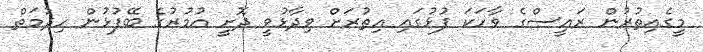
މީގެއިތުރުން ރައީސްގެ ވާހަކަ ފުޅުގައި އިތުރަށް ވިދާޅުވީ ދޮށީ އުމުރުގެ ބޭފުޅުން ހިދުމަތް